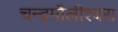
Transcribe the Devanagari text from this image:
चन्‍द्रमौलीश्‍वरा